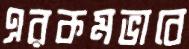
এরকমভাবে